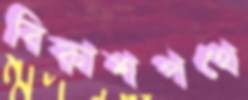
বিকাশপথে